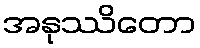
အနုဿိတော